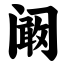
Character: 阚